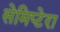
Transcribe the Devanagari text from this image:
सेमिप्टेरा